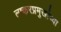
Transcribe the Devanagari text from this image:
लष्करप्रमुखांच्या